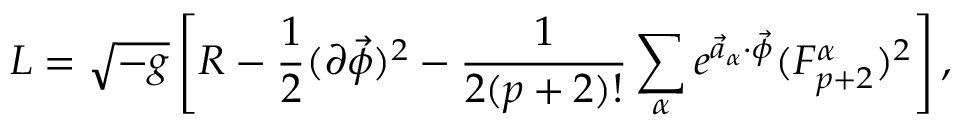
{ \cal L } = \sqrt { - g } \left[ { \cal R } - { \frac { 1 } { 2 } } ( \partial \vec { \phi } ) ^ { 2 } - { \frac { 1 } { 2 ( p + 2 ) ! } } \sum _ { \alpha } e ^ { \vec { a } _ { \alpha } \cdot \vec { \phi } } ( F _ { p + 2 } ^ { \alpha } ) ^ { 2 } \right] ,